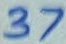
Text: 37